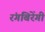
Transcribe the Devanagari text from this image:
रंगबिरेंगी